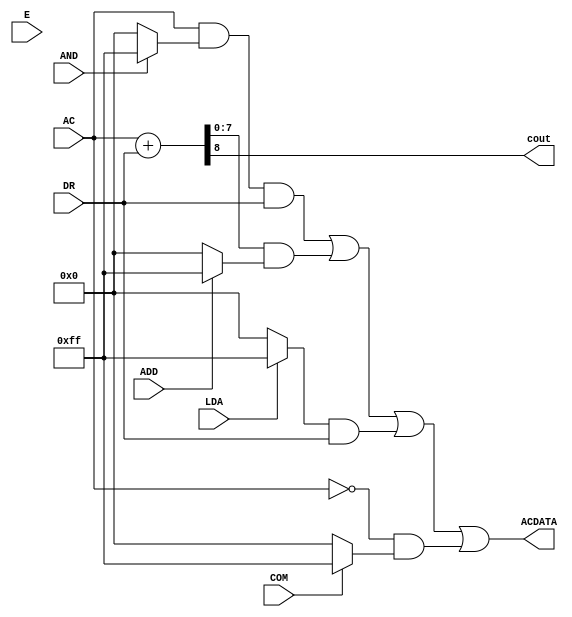
`timescale 1ns / 1ps
//////////////////////////////////////////////////////////////////////////////////
// Company: 
// Engineer: 
// 
// Design Name: 
// Module Name: ALU
// Project Name: 
// Target Devices: 
// Tool Versions: 
// Description: 
// 
// Dependencies: 
// 
// Revision:
// Revision 0.01 - File Created
// Additional Comments:
// 
//////////////////////////////////////////////////////////////////////////////////


module ALU(AND, ADD, LDA, COM,E, cout, AC, DR, ACDATA);
    input AND, ADD, LDA, COM, E;  //instructions signals 
    input [7:0] AC, DR;
    
    output cout ;
    output [7:0]  ACDATA;   
    wire [7:0] and8, add8, lda8, com8;   // turning the instructions signals into 16-bit signal to be anded 
    wire [7:0] AND1, AND2, AND3, AND4, SUM;         //AND gate of each instruction 
    wire CARRY;
    
    //AND OPERATION
    assign and8 = (AND ? 16'hff :16'b0);
	assign AND1 = AC & and8 & DR;
	
	//ADD OPERTION , {CARRY,SUM} is the result of a full-adder
	assign {CARRY,SUM} = AC + DR ;
	assign cout = CARRY;
	
	assign add8 = (ADD ? 8'hff :8'b0);
	assign AND2 = SUM & add8 ;
	
	//LDA OPERATION (load AC with DR content )
	assign lda8 = (LDA ? 8'hff :8'b0);
	assign AND3 = lda8 & DR ;
	
	//CMA OPERATION (Complement AC content)
	assign com8 = (COM? 8'hff : 8'b0);
	assign AND4 = (~AC) & com8;
    assign ACDATA = AND1 | AND2| AND3| AND4;   // all and gates into OR gate its result in AC
endmodule